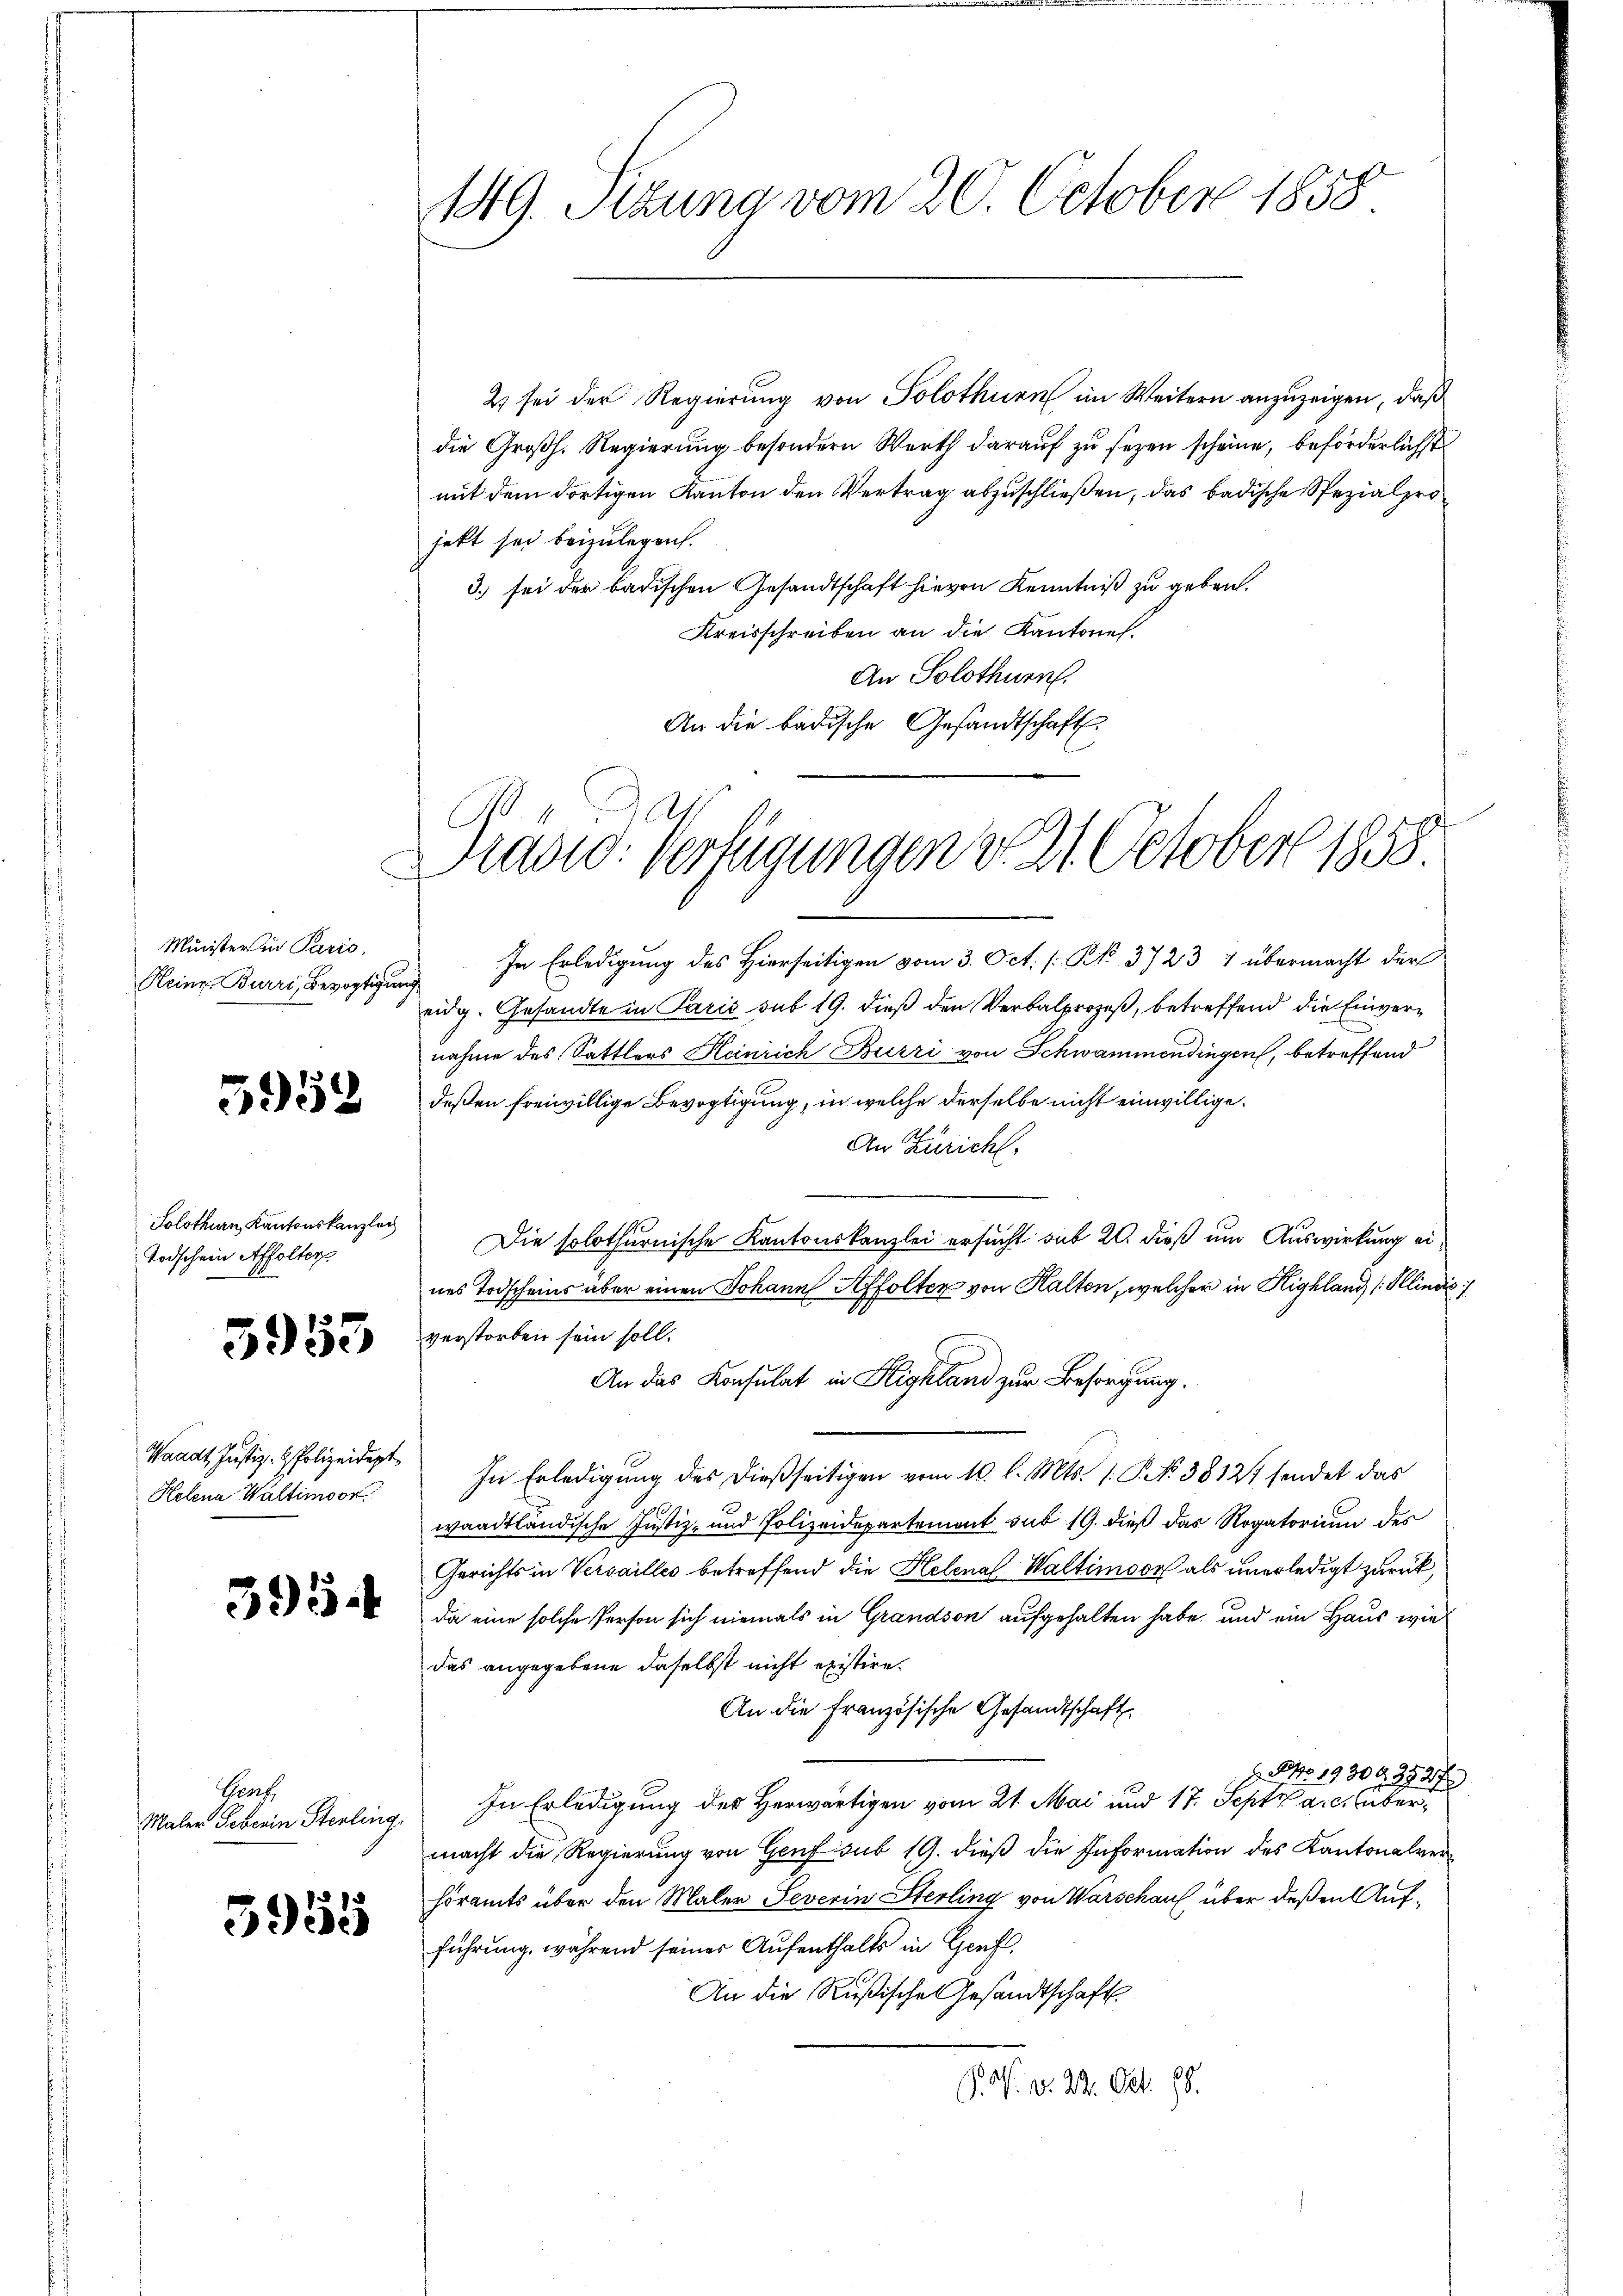
Minister in Paris.
Heinr. Burri, Bevogtigu

5952

Solothurn, Kantonskanzley
Todschein Affolter

3953

Waadt, Justiz- & Polizeidept
Kelena Waltimoor

395.

Gent,
Maler Geberin Sterling.

3955

149. Setzung vom 20. October 1858

2) sei der Regierung von Solothurn im Weitern anzuzeigen, daß
die Großh. Regierung besondern Werth darauf zu sezen scheine, beförderlichst
mit dem dortigen Kanton den Vertrag abzuschließen, das badische Spezialpro
jekt sei beizulegen.
3.) sei der badischen Gesandtschaft hievon Kenntniß zu geben.
Kreisschreiben an die Kantone.
An Solothurn.
An die badische Gesandtschaft.

Tradid: Verfügungen d. 21. October 1858

In Erledigung des Hierseitigen vom 3. Oct. [ N. 3723 1 übermacht der
i
eidg. Gesandte in Paris sub 19. dieß den Verbalprozeß, betreffend die Einvernahme des Sattlers Heinrich Burri von Schwammendingen, betreffend
deßen freiwillige Bevogtigung, in welche derselbe nicht einwillige.
An Züricht,
Die solothurnische Kantonskanzlei ersucht sub 20. dieß um Auswirkung eines Todscheins aber einen Johann Affolter von Halten, welcher in Highland (Kinde
verstorben sein soll.
In Erledigung des dießseitigen vom 10. l. Mts. 1. P. No 38127 sendet das
waadtländische Justiz- und Polizeidepartement sub 19. dieß das Rogatorium des
Gerichts in Versailles betreffend die Helenal Waltimoor als unerledigt zurück,
da eine solche Person sich niemals in Grandson aufgehalten habe, und ein Haus wie
das angegebene daselbst nicht existire.
An die Französische Gesandtschaft,
 No. 19304. 2727
In Erledigung des Herwärtigen vom 21. Mai und 17. Sept a. c. übermacht die Regierung von Genf sub 19. dieß die Information des Kantonalverhöramts über den Maler Severin Sterling von Warschauf über deßen Aufführung, während seiner Aufenthalts in Genf,
An die Rußische Gesandtschaft
/. M. v. 22. Okt. 98.

An das Konsulat in Highland zur Besorgung.